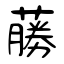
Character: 蕂